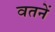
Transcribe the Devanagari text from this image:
वतनें